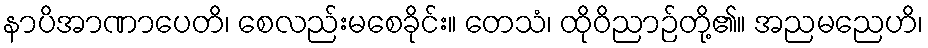
နာပိအာဏာပေတိ၊ စေလည်းမစေခိုင်း။ တေသံ၊ ထိုဝိညာဉ်တို့၏။ အညမညေဟိ၊